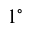
1 ^ { \circ }